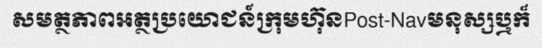
សមត្ថភាពអត្ថប្រយោជន៍ក្រុមហ៊ុនPost-Navមនុស្សឬក៏